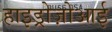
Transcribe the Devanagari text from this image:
हाइड्रोज़ोआई